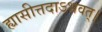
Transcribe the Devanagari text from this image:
ह्यासीत्तदाऽभवत्।